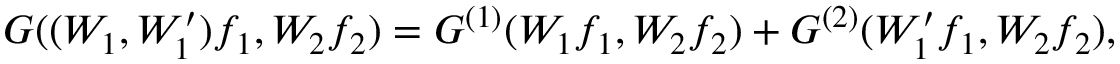
G ( ( W _ { 1 } , W _ { 1 } ^ { \prime } ) f _ { 1 } , W _ { 2 } f _ { 2 } ) = G ^ { ( 1 ) } ( W _ { 1 } f _ { 1 } , W _ { 2 } f _ { 2 } ) + G ^ { ( 2 ) } ( W _ { 1 } ^ { \prime } f _ { 1 } , W _ { 2 } f _ { 2 } ) ,